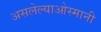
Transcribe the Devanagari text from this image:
असलेल्याओस्मानी